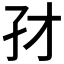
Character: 𰌜